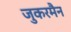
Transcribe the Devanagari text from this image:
जुकरमैन